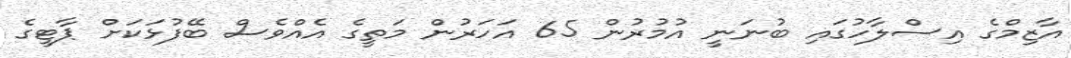
އާޒިމްގެ އިސްލާހުގައި ބުނަނީ އުމުރުން 65 އަހަރުން މަތީގެ އެއްވެސް ބޭފުޅަކަށް ޕާޓީގެ